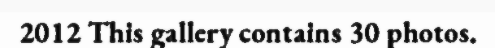
2012 This gallery contains 30 photos.